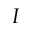
_ I